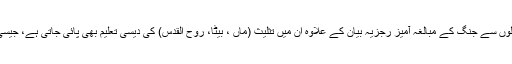
دیوی دیوتاؤں تاتاریوں اور سوئیڈن والوں سے جنگ کے مبالغہ آمیز رجزیہ بیان کے علاوہ ان میں تثلیث (ماں ، بیٹا، روح القدس) کی دیسی تعلیم بھی پائی جاتی ہے، جیسی گیتوں میں رچ کر زبان زد ہوسکے۔